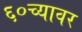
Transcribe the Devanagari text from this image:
६०च्यावर